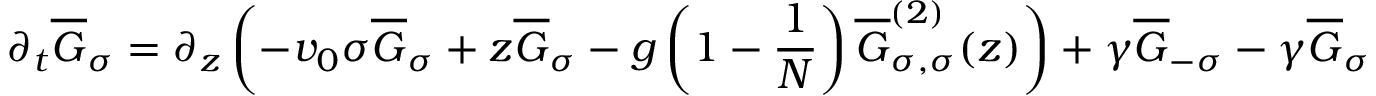
\partial _ { t } \overline { { G } } _ { \sigma } = \partial _ { z } \left( - v _ { 0 } \sigma \overline { { G } } _ { \sigma } + z \overline { { G } } _ { \sigma } - g \left( 1 - \frac { 1 } { N } \right) \overline { { G } } _ { \sigma , \sigma } ^ { ( 2 ) } ( z ) \right) + \gamma \overline { { G } } _ { - \sigma } - \gamma \overline { { G } } _ { \sigma }